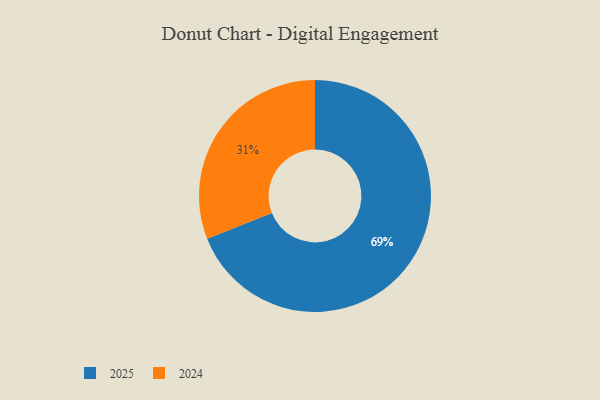
{"axis": {"x": "Category", "y": "Percentage"}, "legend": ["2024", "2025"], "data": [{"x": "2025", "y": 69, "type": "2025"}, {"x": "2024", "y": 31, "type": "2024"}]}